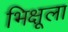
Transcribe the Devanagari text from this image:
भिक्षूला